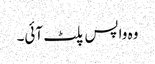
وہ واپس پلٹ آئی۔